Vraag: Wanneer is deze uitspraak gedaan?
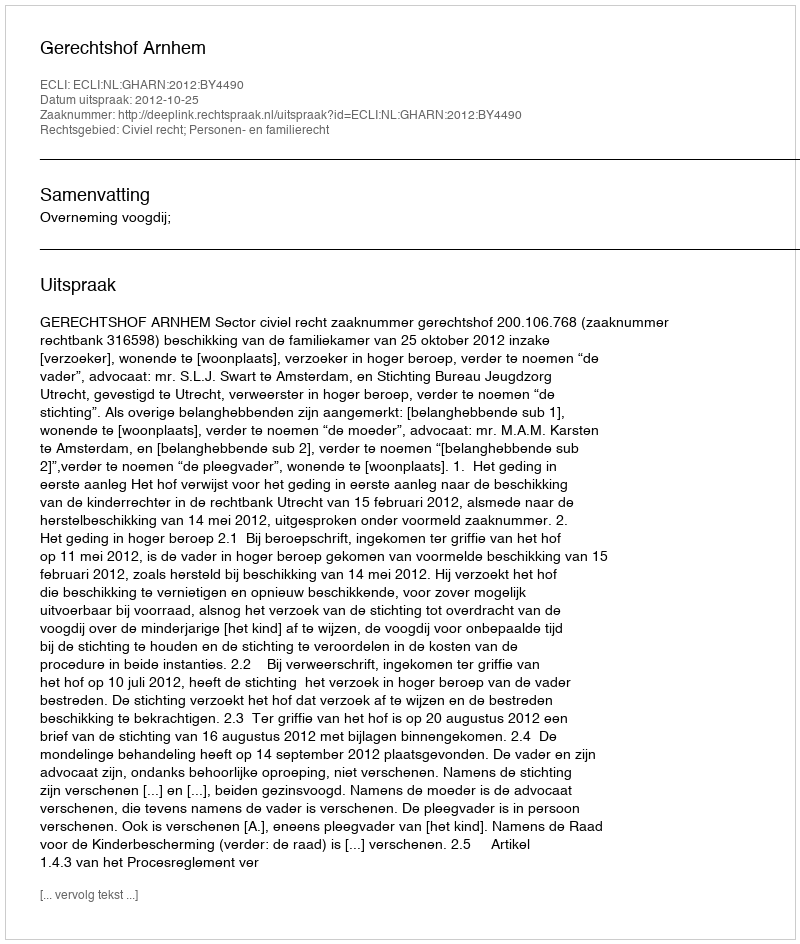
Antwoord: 2012-10-25